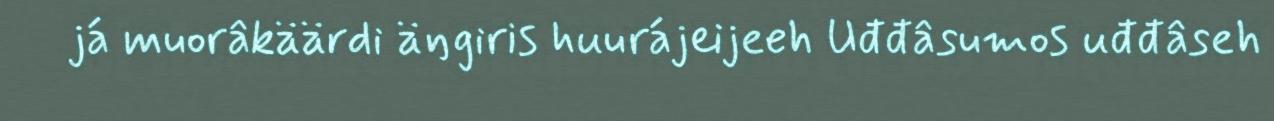
já muorâkäärdi äŋgiris huurájeijeeh Uđđâsumos uđđâseh